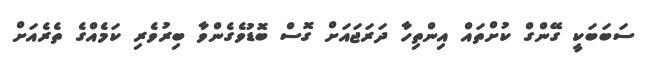
ސަބަބަކީ ގޭންގް ކުށްތައް އިންތިހާ ދަރަޖައަށް ގޮސް ބޮޑުވެގެންވާ ބިރުވެރި ކަމެއްގެ ތެރެއަށް